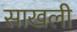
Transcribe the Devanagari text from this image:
साखली